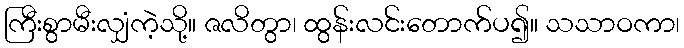
ကြီးစွာမီးလျှံကဲ့သို့။ ဇလိတွာ၊ ထွန်းလင်းတောက်ပ၍။ သသာဝကာ၊